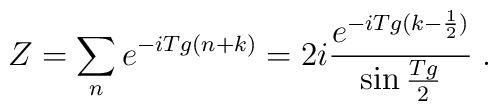
Z = \sum_n e^{- i T g (n + k)}= 2 i \frac{e^{- i T g (k - \frac{1}{2})}}{\sin \frac{T g}{2}}  \; .